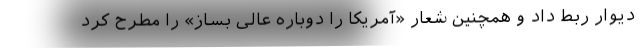
دیوار ربط داد و همچنین شعار «آمریکا را دوباره عالی بساز» را مطرح کرد